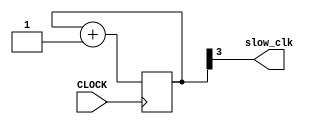
`timescale 1ns / 1ps
//////////////////////////////////////////////////////////////////////////////////
// Company: 
// Engineer: 
// 
// Design Name: 
// Module Name: clk_6_25_MHz
// Project Name: 
// Target Devices: 
// Tool Versions: 
// Description: 
// 
// Dependencies: 
// 
// Revision:
// Revision 0.01 - File Created
// Additional Comments:
// 
//////////////////////////////////////////////////////////////////////////////////


module clk_6_25_MHz(
    input CLOCK,
    output slow_clk
    );
    
    reg [3:0] COUNTER = 4'b0;
    
    always @ (posedge CLOCK) begin
        COUNTER = COUNTER + 1;
    end
    
    assign slow_clk = COUNTER[3];
    
endmodule